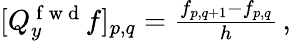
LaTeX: \begin{array}{r}{[Q_{y}^{\mathrm{~f~w~d~}}f]_{p,q}=\frac{f_{p,q+1}-f_{p,q}}{h}\, ,}\end{array}